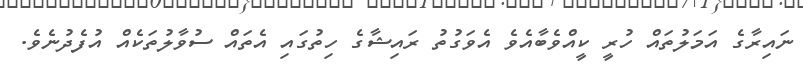
ނައިރާގެ އަމަލުތައް ހުރީ ކީއްވެބާއެވެ އެވަގުތު ރައިޝާގެ ހިތުގައި އެތައް ސުވާލުތަކެއް އުފެދުނެވެ.